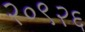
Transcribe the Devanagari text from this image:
२०९२६